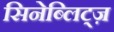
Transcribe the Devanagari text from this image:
सिनेब्लिट्ज़